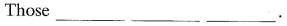
Those___ ___ ___.